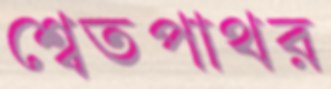
শ্বেতপাথর